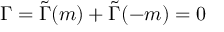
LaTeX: \Gamma = \tilde { \Gamma } ( m ) + \tilde { \Gamma } ( - m ) = 0